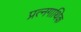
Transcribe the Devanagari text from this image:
प्रत्नगाथिक